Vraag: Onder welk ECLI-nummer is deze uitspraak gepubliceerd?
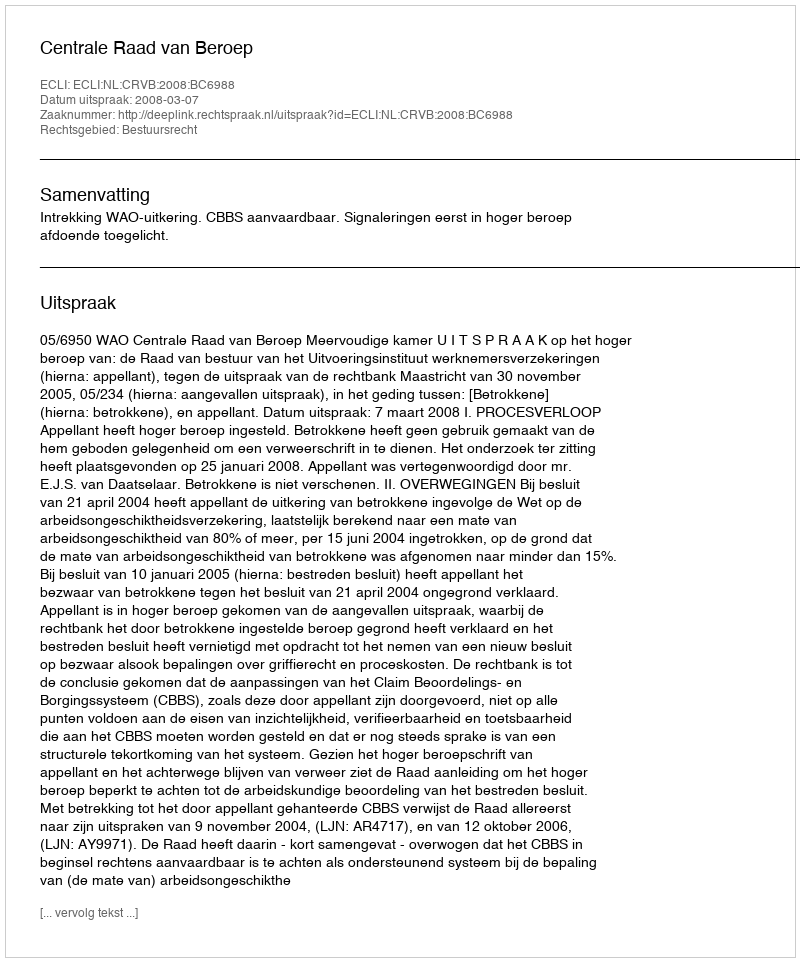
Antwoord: ECLI:NL:CRVB:2008:BC6988